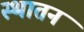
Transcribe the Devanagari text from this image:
स्थातन